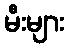
မီးများ